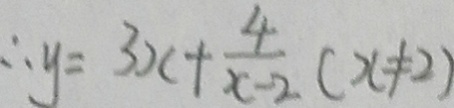
\therefore y = 3 x + \frac { 4 } { x - 2 } ( x \neq 2 )